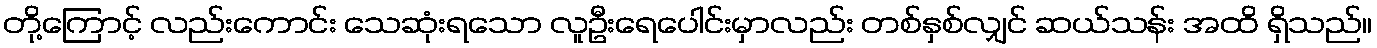
တို့ကြောင့် လည်းကောင်း သေဆုံးရသော လူဦးရေပေါင်းမှာလည်း တစ်နှစ်လျှင် ဆယ်သန်း အထိ ရှိသည်။